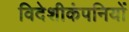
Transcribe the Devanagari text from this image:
विदेशीकंपनियों